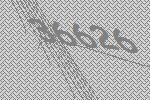
36626